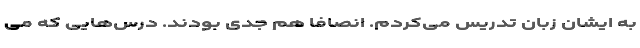
به‌ ایشان زبان تدریس می‌کردم. انصافا هم جدی بودند. درس‌هایی که می